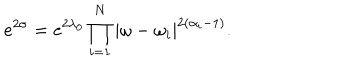
e ^ { 2 \sigma } = e ^ { 2 \lambda _ { 0 } } \prod _ { i = 1 } ^ { N } | \omega - \omega _ { i } | ^ { 2 ( \alpha _ { i } - 1 ) } .